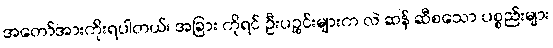
အတော်အားကိုးရပါတယ်၊ အခြား ကိုရင် ဦးပဉ္စင်းများက လဲ ဆန် ဆီစသော ပစ္စည်းများ